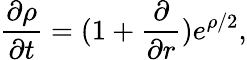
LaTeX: \frac{\partial\rho}{\partial t}=(1+\frac{\partial}{\partial r})e^{\rho/2},